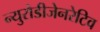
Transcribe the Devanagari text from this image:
न्युरोडीजेनरेटिव